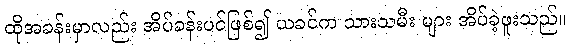
ထိုအခန်းမှာလည်း အိပ်ခန်းပင်ဖြစ်၍ ယခင်က သားသမီး များ အိပ်ခဲ့ဖူးသည်။